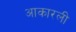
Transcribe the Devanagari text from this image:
आकारली